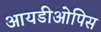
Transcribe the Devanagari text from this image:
आयडीओपिस